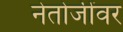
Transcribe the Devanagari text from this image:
नेतोजींवर